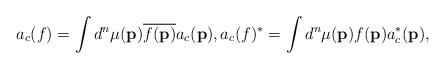
LaTeX: \begin{align*}a_c(f)=\int d^n\mu(\mathbf{p}) \overline{f(\mathbf{p})}a_c(\mathbf{p}), a_c(f)^{*}=\int d^n\mu(\mathbf{p}) {f(\mathbf{p})}a_c^{*}(\mathbf{p}),\end{align*}